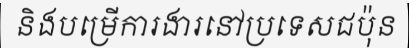
និងបម្រើការងារនៅប្រទេសជប៉ុន